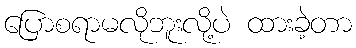
ပြောစရာမလိုဘူးလို့ပဲ ထားခဲ့တာ